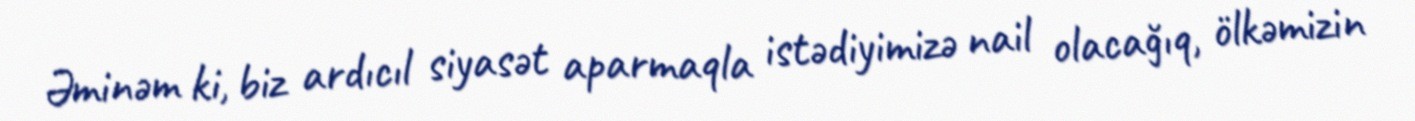
Əminəm ki, biz ardıcıl siyasət aparmaqla istədiyimizə nail olacağıq, ölkəmizin